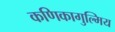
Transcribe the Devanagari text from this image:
कणिकागुल्मिय